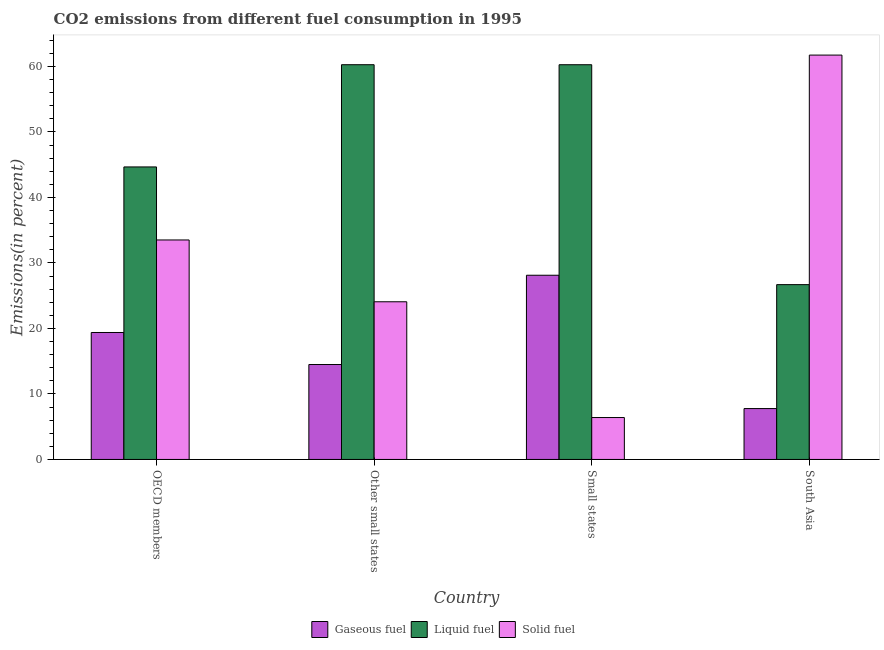
| Country | Gaseous fuel | Liquid fuel | Solid fuel |
 | --- | --- | --- | --- |
 | OECD members | 19.4 | 44.7 | 33.5 |
 | Other small states | 14.5 | 60.3 | 24.1 |
 | Small states | 28.1 | 60.3 | 6.4 |
 | South Asia | 7.77 | 26.7 | 61.7 |